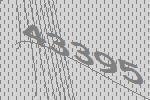
43395